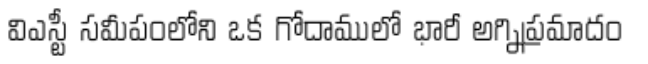
విఎస్టీ సమీపంలోని ఒక గోదాములో భారీ అగ్నిప్రమాదం